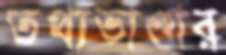
তথ্যভাণ্ডার